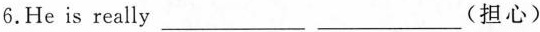
6.He is really___ ___(担心)